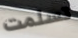
تسلمت